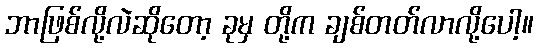
ဘာဖြစ်လို့လဲဆိုတော့ ခုမှ တို့က ချစ်တတ်လာလို့ပေါ့။